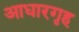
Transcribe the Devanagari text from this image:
आधारगृह